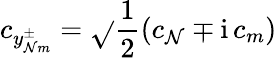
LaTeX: c_{y_{\mathcal{N}m}^{\pm}}=\sqrt{}{{\frac{{1}}{{2}}}}(c_{\mathcal{N}}\mp\mathrm{{i}}\, c_{m})